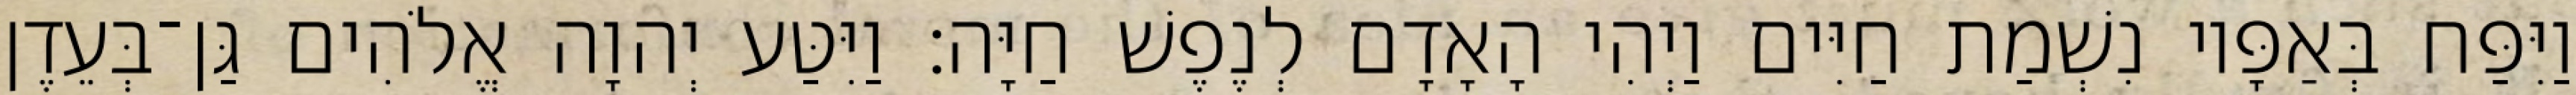
וַיִּפַּח בְּאַפָּיו נִשְׁמַת חַיִּים וַיְהִי הָאָדָם לְנֶפֶשׁ חַיָּה׃ וַיִּטַּע יְהוָה אֱלֹהִים גַּן־בְּעֵדֶן